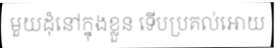
មួយដុំនៅក្នុងខ្លួន ទើបប្រគល់អោយ